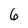
Character: 6